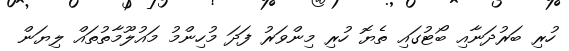
ހުރި ބަރުދަނާއި ބޯޓުގައި ތެޔޮ ހުރި މިންވަރު ފަދަ މުހިންމު މައުލޫމާތުތައް ލިޔަން